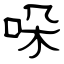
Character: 哚